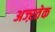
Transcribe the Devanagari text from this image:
अज्ऱतेक